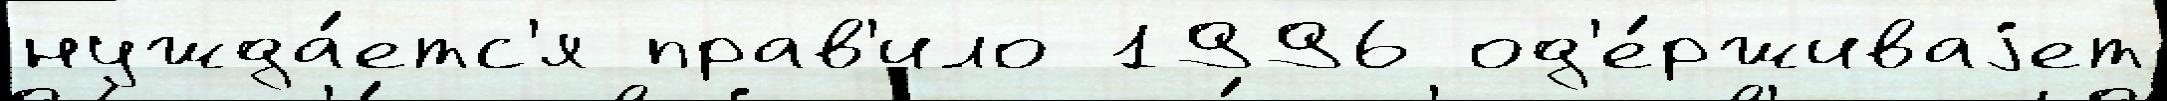
нужда́етс'я прав'ило 1996 од'е́рживаjет